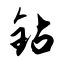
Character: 钻